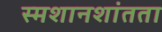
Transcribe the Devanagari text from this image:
स्मशानशांतता